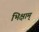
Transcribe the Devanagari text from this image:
भिक्षाम्